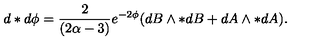
d * d \phi = \frac { 2 } { ( 2 \alpha - 3 ) } e ^ { - 2 \phi } ( d B \wedge * d B + d A \wedge * d A ) .